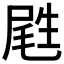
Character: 𡲥